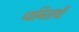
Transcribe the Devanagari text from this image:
ध्वनितांची